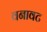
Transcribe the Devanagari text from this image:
वनावट